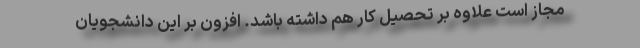
مجاز است علاوه بر تحصیل کار هم داشته باشد. افزون بر این دانشجویان